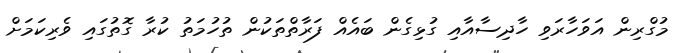
މުގްރިން އަވަހާރަވި ހާދިސާއާއި ގުޅިގެން ބައެއް ފަރާތްތަކުން ތުހުމަތު ކުރާ ގޮތުގައި ވެރިކަމަށް